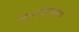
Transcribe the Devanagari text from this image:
स्तन्यात्तपूतनाप्राणः